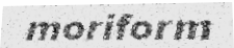
moriform